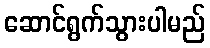
ဆောင်ရွက်သွားပါမည်